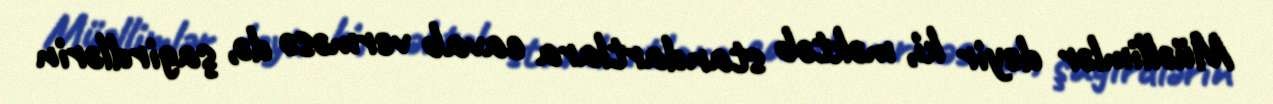
Müəllimlər deyir ki, məktəb standartlara cavab verməsə də, şagirdlərin